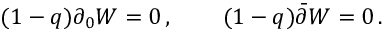
\begin{array} { l l } { { ( 1 - q ) \partial _ { 0 } W = 0 \, , ~ ~ } } & { { ~ ~ ( 1 - q ) \bar { \partial } W = 0 \, . } } \end{array}